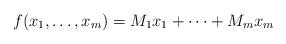
LaTeX: \begin{align*} f(x_1,\dots,x_m) & = M_1 x_1 + \dots + M_m x_m \end{align*}